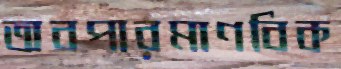
অবপারমাণবিক